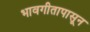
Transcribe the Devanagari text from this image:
भावगीतापासून